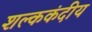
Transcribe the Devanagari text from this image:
शल्ककंदीय